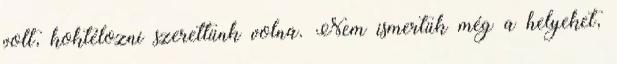
volt, koktélozni szerettünk volna. Nem ismertük még a helyeket,